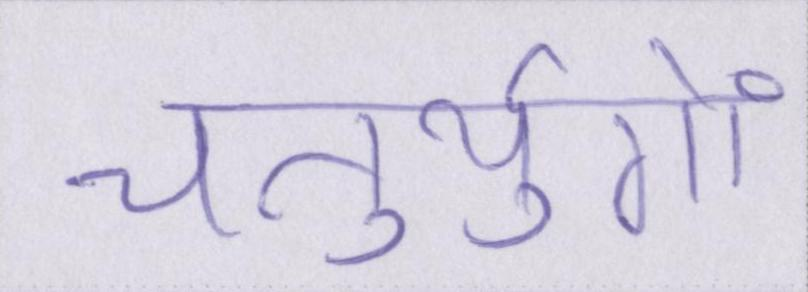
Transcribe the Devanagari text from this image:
चतुर्युगों